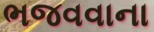
ભજવવાના